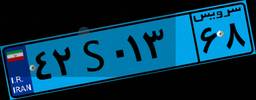
۶۴S۵۱۵۷۰